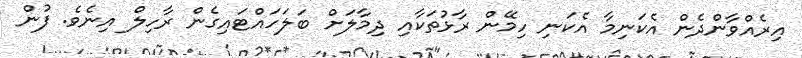
އިރެއްވާންދެން އެކަނިމާ އެކަނި ހިމޭން ރާޅުތަކާއި ދިމާލަށް ބަލަހައްޓައިގެން ރާހިލް އިނެވެ. ފުން